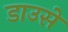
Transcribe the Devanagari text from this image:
डाउसे